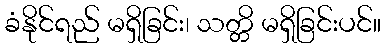
ခံနိုင်ရည် မရှိခြင်း၊ သတ္တိ မရှိခြင်းပင်။